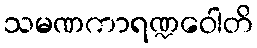
သမဏကာရဏ္ဍဝေါတိ